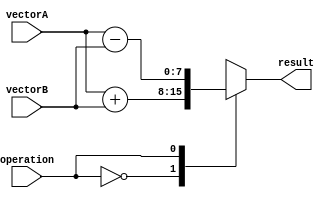
module VectorALU(
    input [7:0] vectorA,
    input [7:0] vectorB,
    input operation,
    output reg [7:0] result
);

// Operation codes
parameter ADD = 2'b00;
parameter SUB = 2'b01;

// Arithmetic operation
always @(*)
begin
    case(operation)
        ADD: result = vectorA + vectorB;
        SUB: result = vectorA - vectorB;
        default: result = 8'b0; // Default to zero
    endcase
end

endmodule